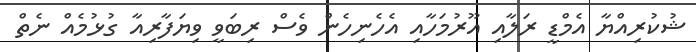
ޝުކުރިއްޔާ އެމްޑީ ރަލާއި އޫރުމަހާއި އެހެނިހެން ވެސް ރިބަވީ ވިޔަފާރިއާ ގުޅުމެއް ނެތް